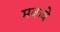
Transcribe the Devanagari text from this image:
मकबे